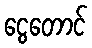
ငွေတောင်